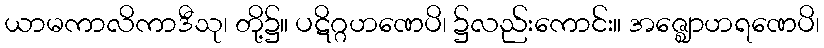
ယာမကာလိကာဒီသု၊ တို့၌။ ပဋိဂ္ဂဟဏေပိ၊ ၌လည်းကောင်း။ အဇ္ဈောဟရဏေပိ၊